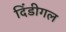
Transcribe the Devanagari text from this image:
दिंडीगल